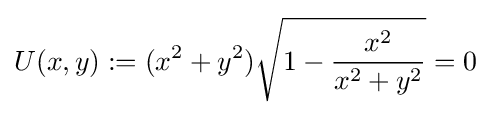
U(x,y):=(x^{2}+y^{2}){\sqrt {1-{\frac {x^{2}}{x^{2}+y^{2}}}}}=0